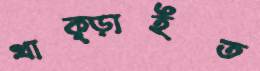
থাক্‌ড়াইত